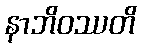
နာဘိဝဿတိ